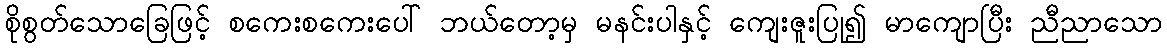
စိုစွတ်သောခြေဖြင့် စကေးစကေးပေါ် ဘယ်တော့မှ မနင်းပါနှင့် ကျေးဇူးပြု၍ မာကျောပြီး ညီညာသော